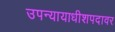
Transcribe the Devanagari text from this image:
उपन्यायाधीशपदावर